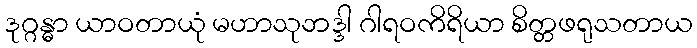
ဒုဂ္ဂန္ဓာ ယာဝတာယုံ မဟာသုဘဒ္ဒါ ဂါရဝကိရိယာ စိတ္တဖရုသတာယ